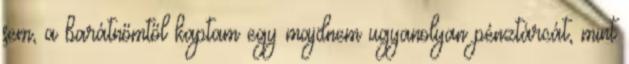
sem, a barátnőmtől kaptam egy majdnem ugyanolyan pénztárcát, mint